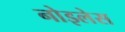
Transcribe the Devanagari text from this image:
नोइलेस